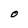
Character: O